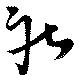
庄